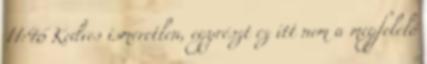
11:46 Kedves ismeretlen, egyrészt ez itt nem a megfelelő